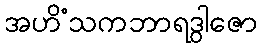
အဟိံသကဘာရဒွါဇော